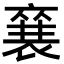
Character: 𮖚